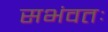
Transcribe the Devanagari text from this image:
सभंवतः